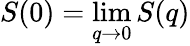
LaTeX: S(0)=\operatorname*{lim}_{q\to 0}S(q)